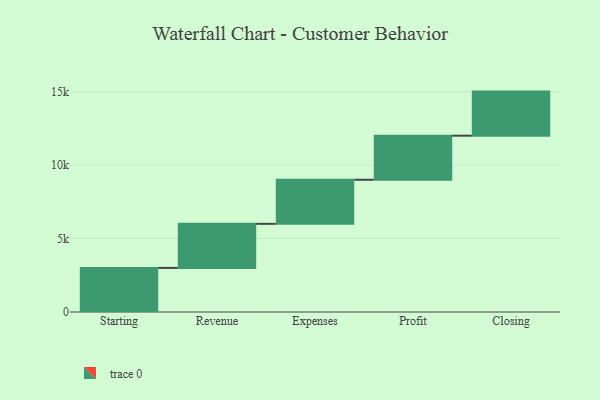
{"axis": {"x": "Step", "y": "Value"}, "legend": [""], "data": [{"x": "Starting", "y": 3000, "type": ""}, {"x": "Revenue", "y": 3000, "type": ""}, {"x": "Expenses", "y": 3000, "type": ""}, {"x": "Profit", "y": 3000, "type": ""}, {"x": "Closing", "y": 3000, "type": ""}]}